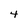
Character: 4